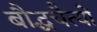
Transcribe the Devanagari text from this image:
बौद्धचैत्यों